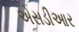
એસડીઆર